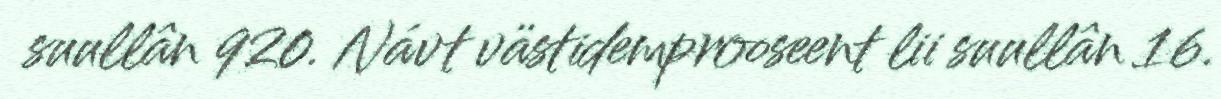
suullân 920. Návt västidemprooseent lii suullân 16.